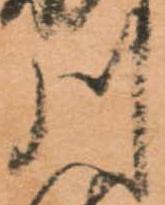
川